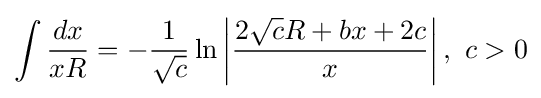
\int {\frac {dx}{xR}}=-{\frac {1}{\sqrt {c}}}\ln \left|{\frac {2{\sqrt {c}}R+bx+2c}{x}}\right|,~c>0